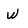
Character: w